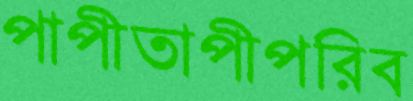
পাপীতাপীপরিব